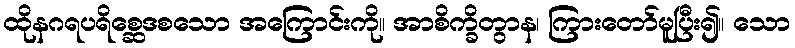
ထိုနဂရပရိစ္ဆေဒစသော အကြောင်းကို။ အာစိက္ခိတွာန၊ ကြားတော်မူပြီး၍။ သော